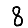
Digit: 8